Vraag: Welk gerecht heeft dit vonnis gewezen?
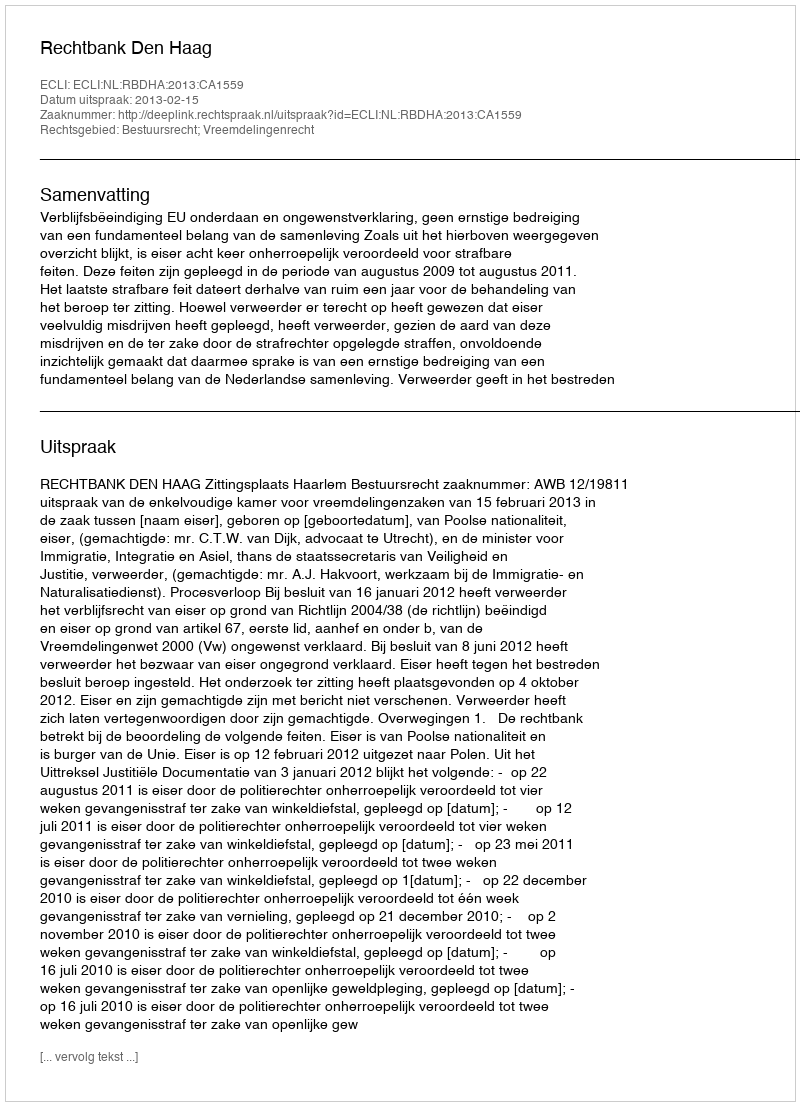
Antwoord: Rechtbank Den Haag